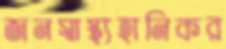
জনস্বাস্থ্যহানিকর